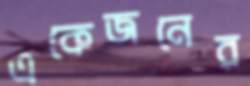
একেজনের